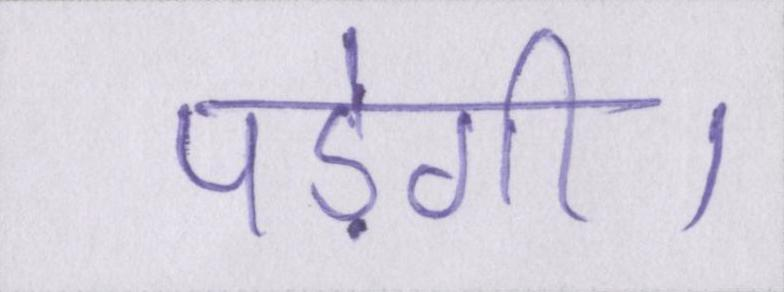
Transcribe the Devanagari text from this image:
पड़ेगी।